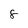
Character: 8